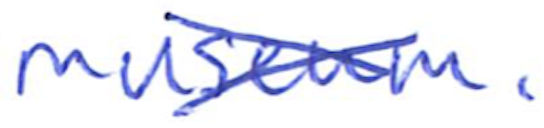
Text: Museum.
Cross-out: cross
Writing tool: ballpoint